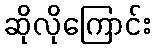
ဆိုလိုကြောင်း